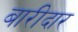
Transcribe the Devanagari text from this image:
बारीदार